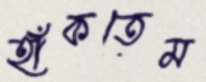
হাঁকতেম